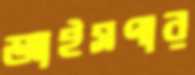
আইসপার